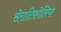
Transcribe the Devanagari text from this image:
सेराटिफ़ोलिया